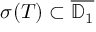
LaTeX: \sigma ( T ) \subset { \overline { { \mathbb { D } _ { 1 } } } }